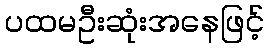
ပထမဦးဆုံးအနေဖြင့်